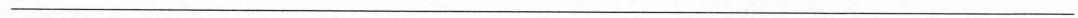
___